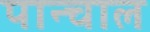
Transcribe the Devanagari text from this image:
पान्चाल